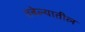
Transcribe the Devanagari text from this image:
तबेल्यातील